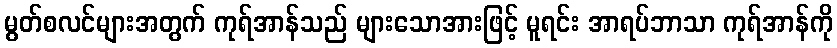
မွတ်စလင်များအတွက် ကုရ်အာန်သည် များသောအားဖြင့် မူရင်း အာရပ်ဘာသာ ကုရ်အာန်ကို